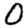
Digit: 0